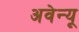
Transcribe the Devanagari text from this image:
अवेन्यू